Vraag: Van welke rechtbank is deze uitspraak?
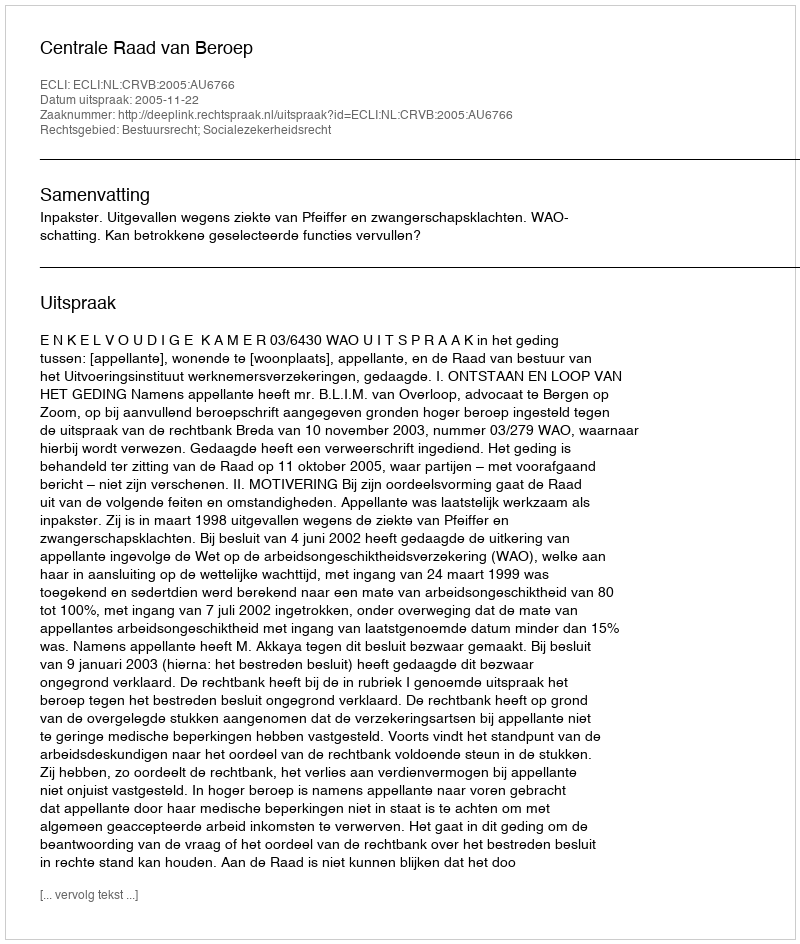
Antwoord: Centrale Raad van Beroep